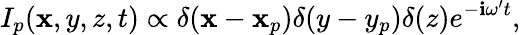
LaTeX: I_{p}(\mathbf{x},y,z,t)\propto\delta(\mathbf{x}-\mathbf{x}_{p})\delta(y-y_{p})\delta(z)e^{-\mathbf{i}\omega{'}t},